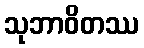
သုဘာဝိတဿ